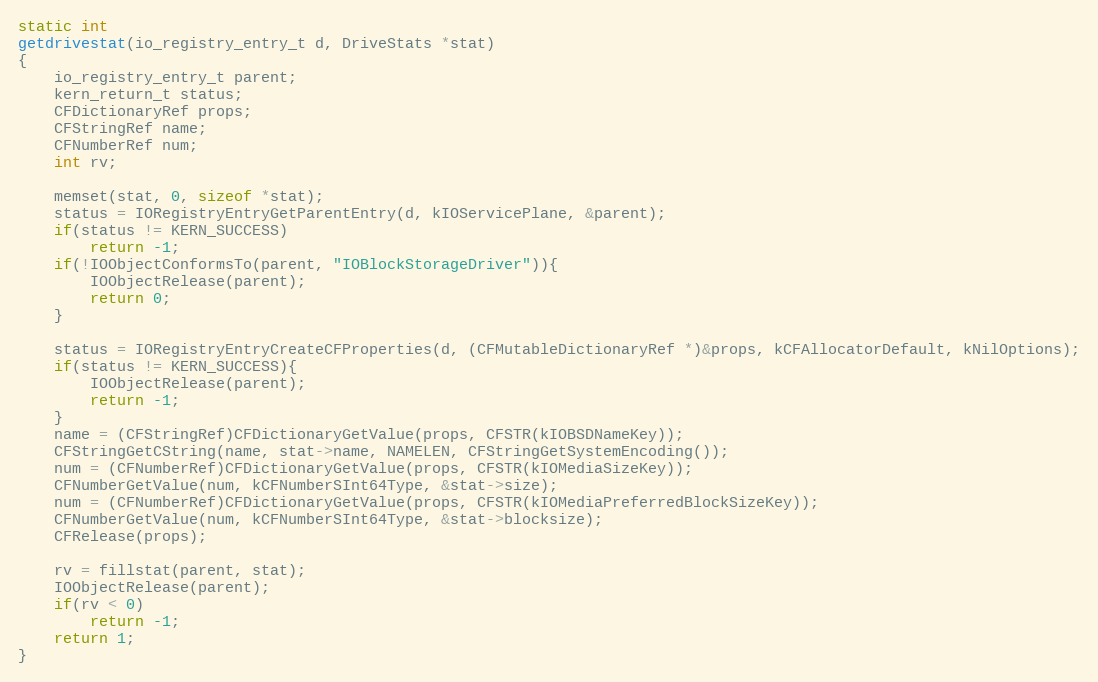
Language: C
static int
getdrivestat(io_registry_entry_t d, DriveStats *stat)
{
	io_registry_entry_t parent;
	kern_return_t status;
	CFDictionaryRef props;
	CFStringRef name;
	CFNumberRef num;
	int rv;

	memset(stat, 0, sizeof *stat);
	status = IORegistryEntryGetParentEntry(d, kIOServicePlane, &parent);
	if(status != KERN_SUCCESS)
		return -1;
	if(!IOObjectConformsTo(parent, "IOBlockStorageDriver")){
		IOObjectRelease(parent);
		return 0;
	}

	status = IORegistryEntryCreateCFProperties(d, (CFMutableDictionaryRef *)&props, kCFAllocatorDefault, kNilOptions);
	if(status != KERN_SUCCESS){
		IOObjectRelease(parent);
		return -1;
	}
	name = (CFStringRef)CFDictionaryGetValue(props, CFSTR(kIOBSDNameKey));
	CFStringGetCString(name, stat->name, NAMELEN, CFStringGetSystemEncoding());
	num = (CFNumberRef)CFDictionaryGetValue(props, CFSTR(kIOMediaSizeKey));
	CFNumberGetValue(num, kCFNumberSInt64Type, &stat->size);
	num = (CFNumberRef)CFDictionaryGetValue(props, CFSTR(kIOMediaPreferredBlockSizeKey));
	CFNumberGetValue(num, kCFNumberSInt64Type, &stat->blocksize);
	CFRelease(props);

	rv = fillstat(parent, stat);
	IOObjectRelease(parent);
	if(rv < 0)
		return -1;
	return 1;
}